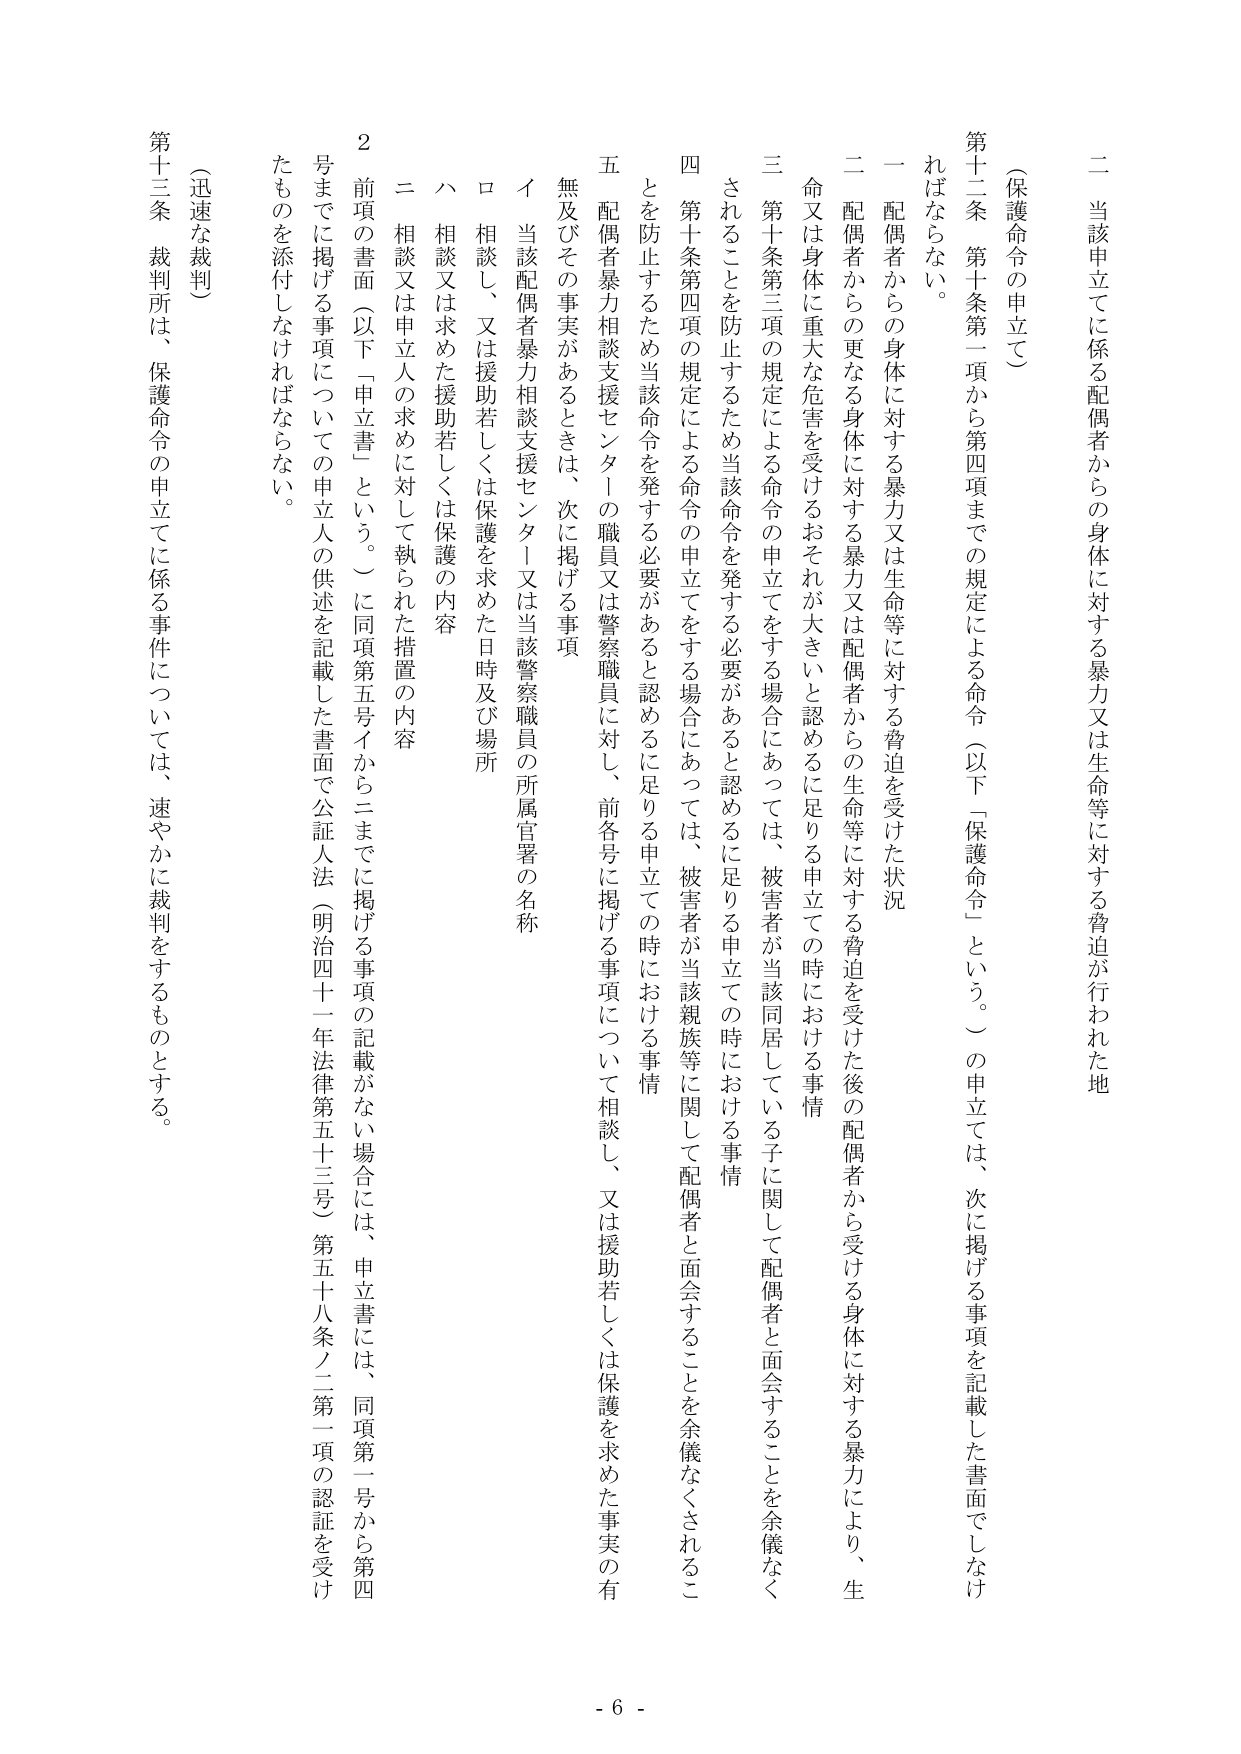
（保護命令の申立て）

第十二条　第十条第一項から第四項までの規定による命令（以下「保護命令」という。）の申立ては、次に掲げる事項を記載した書面でしなければならない。

一　配偶者からの身体に対する暴力又は生命等に対する脅迫を受けた状況

二　配偶者からの更なる身体に対する暴力又は配偶者からの生命等に対する脅迫を受けた後の配偶者から受ける身体に対する暴力により、生命又は身体に重大な危害を受けるおそれが大きいと認めるに足りる申立ての時における事情

三　第十条第三項の規定による命令の申立てをする場合にあっては、被害者が当該同居している子に関して配偶者と面会することを余儀なくされることを防止するため当該命令を発する必要があると認めるに足りる申立ての時における事情

四　第十条第四項の規定による命令の申立てをする場合にあっては、被害者が当該親族等に関して配偶者と面会することを余儀なくされることを防止するため当該命令を発する必要があると認めるに足りる申立ての時における事情

五　配偶者暴力相談支援センターの職員又は警察職員に対し、前各号に掲げる事項について相談し、又は援助若しくは保護を求めた事実の有無及びその事実があるときは、次に掲げる事項

　イ　当該配偶者暴力相談支援センター又は当該警察職員の所属官署の名称

　ロ　相談し、又は援助若しくは保護を求めた日時及び場所

　ハ　相談又は求めた援助若しくは保護の内容

　二　相談又は申立人の求めに対して執られた措置の内容

　２　前項の書面（以下「申立書」という。）に同項第五号イからニまでに掲げる事項の記載がない場合には、申立書には、同項第一号から第四号までに掲げる事項についての申立人の供述を記載した書面で公証人法（明治四十一年法律第五十三号）第五十八条ノ二第一項の認証を受けたものを添付しなければならない。

（迅速な裁判）

第十三条　裁判所は、保護命令の申立てに係る事件については、速やかに裁判をするものとする。

- 6 -